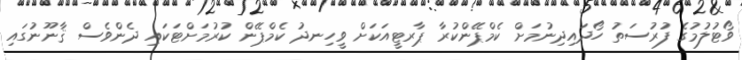
ވޯޓުލުމުގެ ފުރުސަތު ހޯދައިދިނުމަށް ކެމްޕޭންކުރާ ޕާރޓީއަކަށް ވީހިނދު ކެމްޕޭން ކުރުމަށްޓަކައި ދެންވެސް ޤާނޫނުގައި